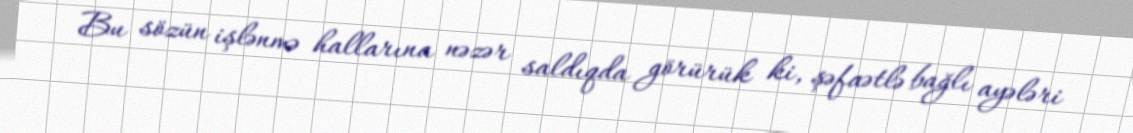
Bu sözün işlənmə hallarına nəzər saldıqda görürük ki, şəfaətlə bağlı ayələri